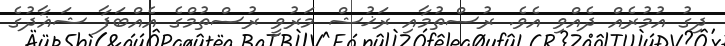
ދިގު އުމުރެއް ދެއްވި އެވެ. ރުސްތުމާއި ރަޚުޝް މަރުވީ ރުސްތުމްގެ އެއްބަފާ ޝަޣާދުގެ